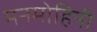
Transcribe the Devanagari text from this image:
मनमोहिनी